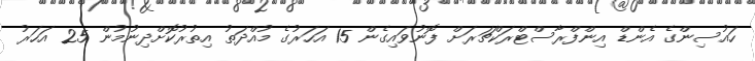
ހައުސިންގެ އެންޑް އިންފްރާސްޓްރަކްޗަރަށް ފޮނުވައިގެން 15 އަހަރުގެ މުއްދަތު އިތުރުކޮށްދިނުމުން 25 އަހަރު